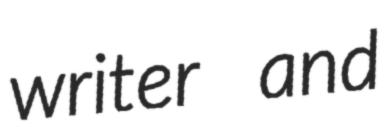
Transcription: writer and